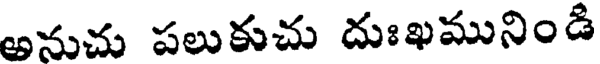
అనుచు పలుకుచు దుఃఖమునిండి